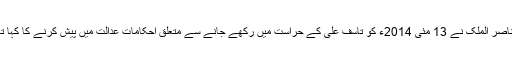
انہوں نے عدالت کو بتایا کہ سابق چیف جسٹس ناصر الملک نے 13 مئی 2014ء کو تاسف علی کے حراست میں رکھے جانے سے متعلق احکامات عدالت میں پیش کرنے کا کہا تھا جو 2013ء میں راوالپنڈی سے لاپتا ہوا تھا ۔